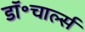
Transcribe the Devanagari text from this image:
डॉ॰चार्ल्स